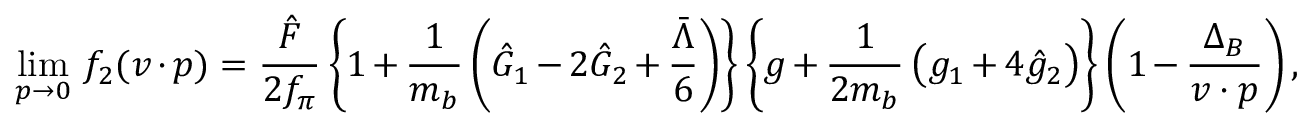
\operatorname * { l i m } _ { p \to 0 } \, f _ { 2 } ( v \cdot p ) = { \frac { \hat { F } } { 2 f _ { \pi } } } \, \bigg \{ 1 + { \frac { 1 } { m _ { b } } } \, \bigg ( \hat { \cal { G } } _ { 1 } - 2 \hat { \cal { G } } _ { 2 } + { \frac { \bar { \Lambda } } { 6 } } \bigg ) \bigg \} \, \bigg \{ g + { \frac { 1 } { 2 m _ { b } } } \, \big ( g _ { 1 } + 4 \hat { g } _ { 2 } \big ) \bigg \} \, \bigg ( 1 - { \frac { \Delta _ { B } } { v \cdot p } } \bigg ) \, ,